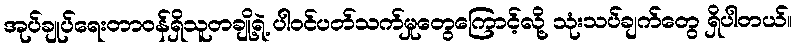
အုပ်ချုပ်ရေးတာဝန်ရှိသူတချို့ရဲ့ ပါဝင်ပတ်သက်မှုတွေကြောင့်လို့ သုံးသပ်ချက်တွေ ရှိပါတယ်။